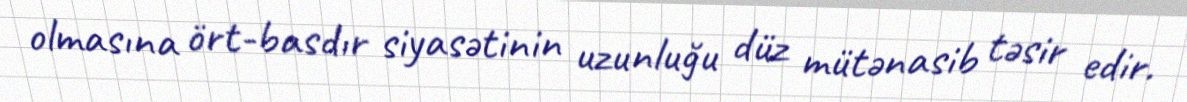
olmasına ört-basdır siyasətinin uzunluğu düz mütənasib təsir edir.